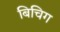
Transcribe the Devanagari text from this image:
बिचिग